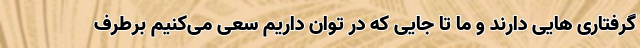
گرفتاری هایی دارند و ما تا جایی که در توان داریم سعی می‌کنیم برطرف